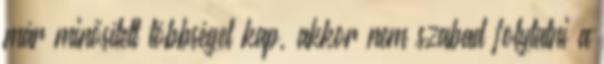
már minősített többséget kap, akkor nem szabad folytatni a